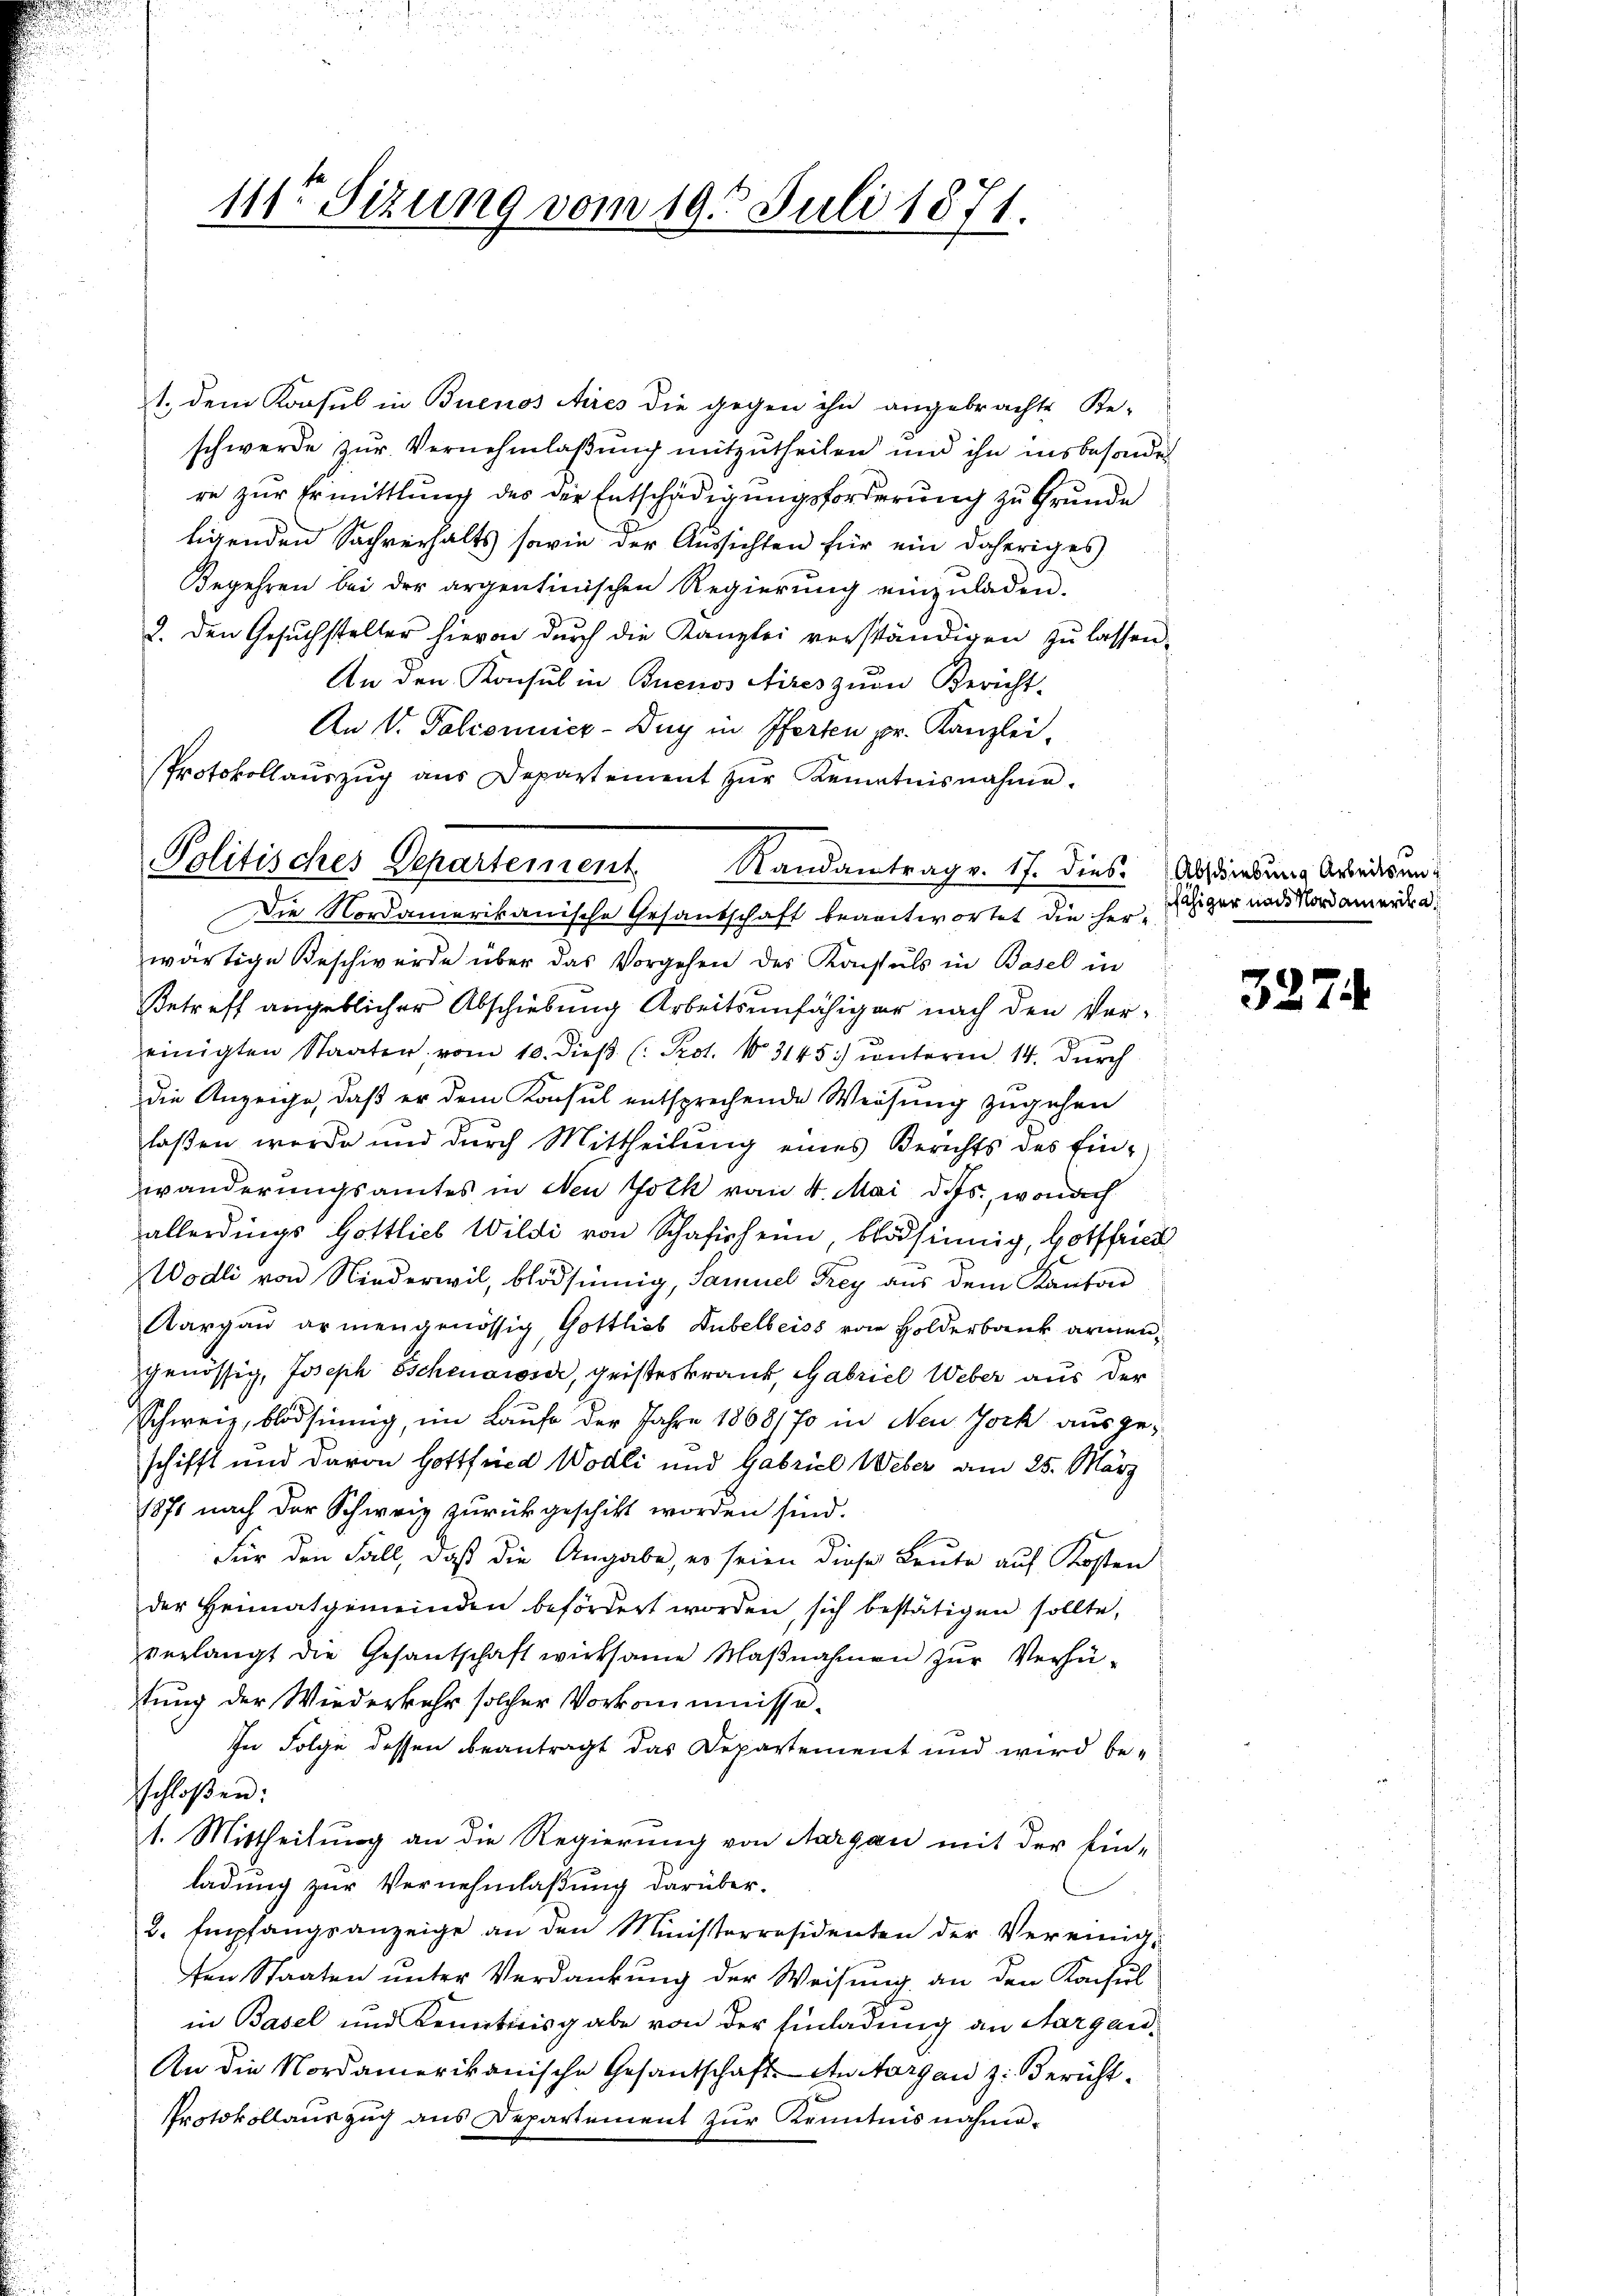
111ten Sizung vom 19. Juli 1871.

1., dem Konsul in Buenos Aires die gegen ihn angebrachte Be-
schwerde zŭr Vernehmlaβŭng mitzutheilen und ihn insbesonder
re zur Ermittlung des die Entschädigungsforderung zu Grunde
ligenden Sachverhalts sowie der Aussichten für ein daheriges
Begehren bei der argentinischen Regierung einzuladen.
2. Den Gesuchsteller hievon durch die Kanzlei verständigen zu lassen.
An den Konsul in Buenos Aires zum Bericht-
An V. Palionier-Duy in Pferten pr. Kanzlei-
Protokollaŭszŭg aŭs Departement zŭr Kenntnisnahme.
Politisches Departement Randantrage. 17. diese Absiebung Arbeitsun¬
Die Nordamerikanische Gesandschaft beantwortet die her Achiger und Nordammendrawärtige Beschwerde über das Vorgehen des Konstals in Basel in
Betreff angeblicher Abschiebung Arbeitsunfähiger nach den Ver-
einigten Staaten vom 10. dieβ (: Prot. 13145) unterm 14. durch
die Anzeige, daß er dem Konsul entsprechende Weisung zugehen
laßen werde und durch Mittheilung eines Berichts des Ein-
wanderungsamtes in den Folk vom 4. Mai d. Mts., wonach
allerdings Gottlieb Wildi von Schafisheim, blödsinnig, Hottfried
Wodli von Niederwil, blödsinnig, Samuel Frey aus dem Kanton
Aargau armengenössig Gottlieb Hubelbeiss von Holderbank armen-
genössig, Joseph Eschenaiser, geisteskrank, Gabriel Weber aus der
Schweiz, blödsinnig, im Laufe der Jahre 1868/70 in Neu Joch ausgeschifft und davon Gottfried Wödli und Gabriel Weber am 25. März
187. nach der Schweiz zurückgeschikt worden sind.
Für den Fall, daß die Angabe, er seien diese Leute auf Kosten
der Heimatgemeinden befördert worden, sich bestätigen sollte,
verlangt die Gesantschaft wirksame Maßnahmen zur Verhütung der Wiederkehr solcher Vorkommnisse¬
In Folge dessen beantragt das Departement und wird beschloßen:
1. Mittheilung an die Regierung von Aargau mit der Ein-
ladung zur Vernehmlaßung darüber.
2. Empfangsanzeige an den Ministerresidenten der Vereinig
ten Staaten unter Verdankung der Weisung an den Konsul
in Basel und Kennticisgabe von der Einladung an Aargau¬
An die Nordamerikanische Gesandschaft in Aargau z. Bericht.
Protokollauszug aus Departement zur Kenntnisnahme-

3274